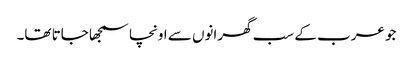
جو عرب کے سب گھرانوں سے اونچا سمجھا جاتا تھا۔